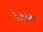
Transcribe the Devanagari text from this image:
प्रेडनीसोलोन